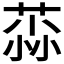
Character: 𫈳